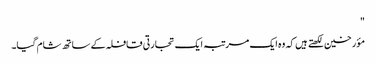
"
مؤرخین لکھتے ہیں کہ وہ ایک مرتبہ ایک تجارتی قافلہ کے ساتھ شام گیا۔